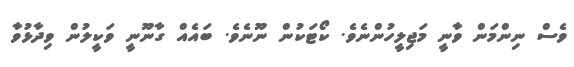
ވެސް ނިންމަން ވާނީ މަޖިލީހުންނެވެ. ކޯޓަކުން ނޫނެވެ. ބައެއް ގާނޫނީ ވަކީލުން ވިދާޅުވާ